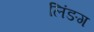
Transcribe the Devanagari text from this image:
लिंङग